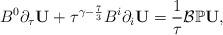
LaTeX: \begin{align*}B^0\partial_{\tau}\mathbf{U}+\tau^{\gamma-\frac{7}{3}}B^i\partial_{i}\mathbf{U}=\frac{1}{\tau}\mathcal{B}\mathbb{P}\mathbf{U},\end{align*}